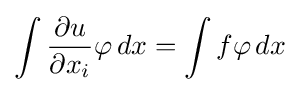
\int {\frac {\partial u}{\partial x_{i}}}\varphi \,dx=\int f\varphi \,dx